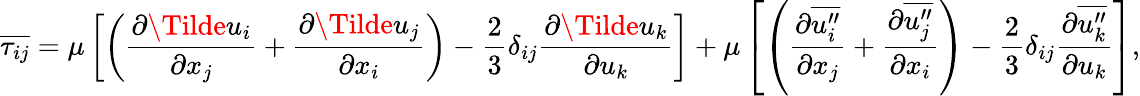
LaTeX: \overline{{\tau_{ij}}}=\mu\left[\left(\frac{\partial\Tilde{u}_{i}}{\partial x_{j}}+\frac{\partial\Tilde{u}_{j}}{\partial x_{i}}\right)-\frac{2}{3}\delta_{ij}\frac{\partial\Tilde{u}_{k}}{\partial u_{k}}\right]+\mu\left[\left(\frac{\partial\overline{{u_{i}^{\prime\prime}}}}{\partial x_{j}}+\frac{\partial\overline{{u_{j}^{\prime\prime}}}}{\partial x_{i}}\right)-\frac{2}{3}\delta_{ij}\frac{\partial\overline{{u_{k}^{\prime\prime}}}}{\partial u_{k}}\right],